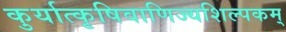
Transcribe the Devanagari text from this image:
कुर्यात्कृषिवाणिज्यशिल्पकम्